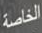
الخاصة